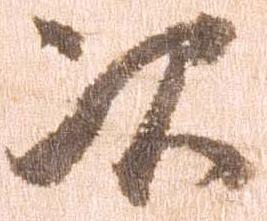
次